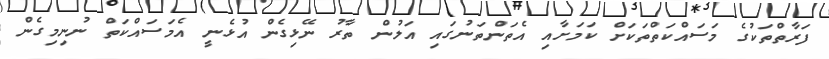
ފަރާތްތަކުގެ މަސައްކަތްތަކަށް ކަމަށާއި އެތަންތަނުގައި އަލުން ތާރު ނޭޅިގެން އުޅެނީ އެމަސައްކަތް ނުނިމިގެން